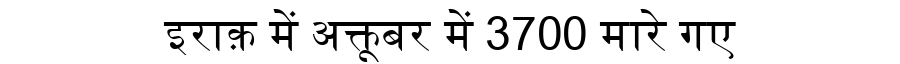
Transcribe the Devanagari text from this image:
इराक़ में अक्तूबर में 3700 मारे गए